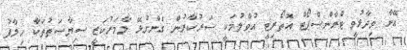
އޭނާ ވިދާޅުވީ ޓްރާންސްޕޯޓް އޮތޯރިޓީ އުވާލުމަކީ ސަރުކާރުން ގެންގުޅޭ ލާމަރުކަޒީ ސިޔާސަތުތަކާ ހިލާފު